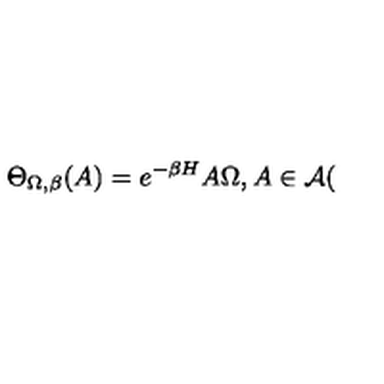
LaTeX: \Theta _ { \Omega , \beta } ( A ) = e ^ { - \beta H } A \Omega , A \in \mathcal { A } (